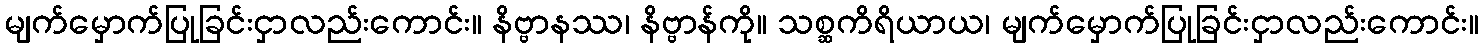
မျက်မှောက်ပြုခြင်းငှာလည်းကောင်း။ နိဗ္ဗာနဿ၊ နိဗ္ဗာန်ကို။ သစ္ဆကိရိယာယ၊ မျက်မှောက်ပြုခြင်းငှာလည်းကောင်း။